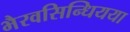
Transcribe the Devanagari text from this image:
भैरवसिन्धियया